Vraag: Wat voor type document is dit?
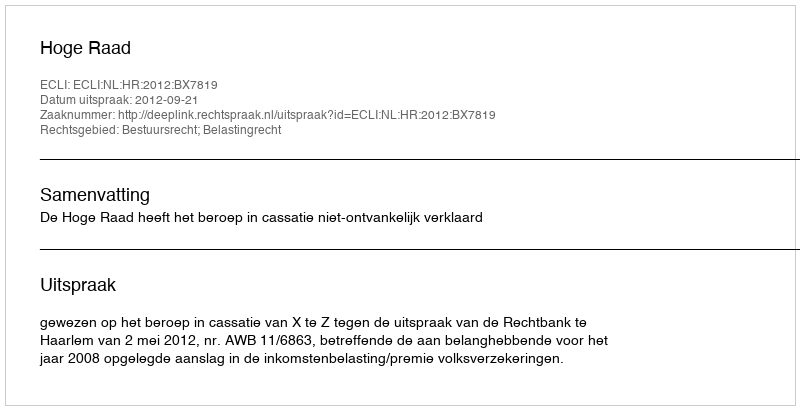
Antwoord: Uitspraak